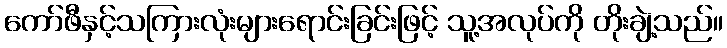
ကော်ဖီနှင့်သကြားလုံးများရောင်းခြင်းဖြင့် သူ့အလုပ်ကို တိုးချဲ့သည်။